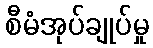
စီမံအုပ်ချုပ်မှု